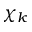
\chi _ { k }